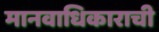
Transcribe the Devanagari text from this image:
मानवाधिकाराची